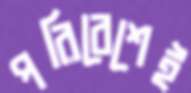
পরিবেশেই